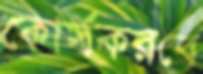
কোর্সকরবে